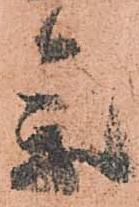
参